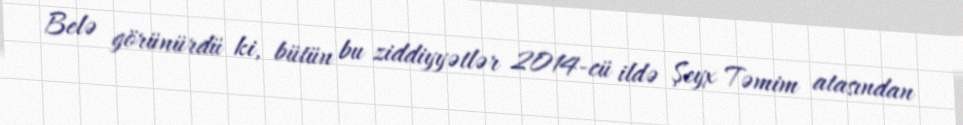
Belə görünürdü ki, bütün bu ziddiyyətlər 2014-cü ildə Şeyx Təmim atasından